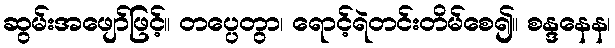
ဆွမ်းအဖျော်ဖြင့်။ တပ္ပေတွာ၊ ရောင့်ရဲတင်းတိမ်စေ၍။ စန္ဒနေန၊